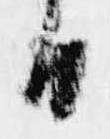
日